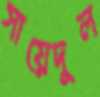
সায়েদুল